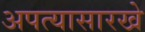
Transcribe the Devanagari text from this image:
अपत्यासारखे